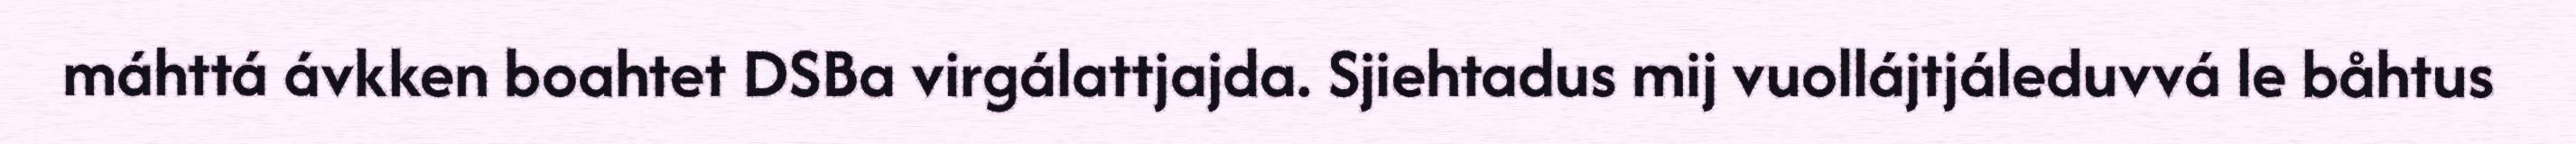
máhttá ávkken boahtet DSBa virgálattjajda. Sjiehtadus mij vuollájtjáleduvvá le båhtus